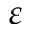
\varepsilon